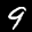
Label: 9